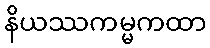
နိယဿကမ္မကထာ